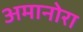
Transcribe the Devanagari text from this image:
अमानोरा